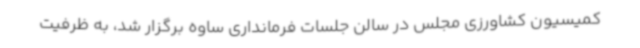
کمیسیون کشاورزی مجلس در سالن جلسات فرمانداری ساوه برگزار شد، به ظرفیت